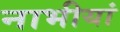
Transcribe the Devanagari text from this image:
नाभीयां